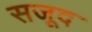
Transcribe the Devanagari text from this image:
सजूद